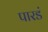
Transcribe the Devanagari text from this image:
पारडं